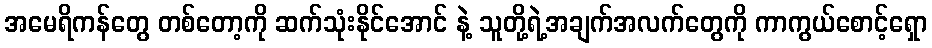
အမေရိကန်တွေ တစ်တော့ကို ဆက်သုံးနိုင်အောင် နဲ့ သူတို့ရဲ့အချက်အလက်တွေကို ကာကွယ်စောင့်ရှော